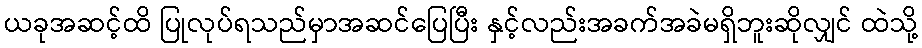
ယခုအဆင့်ထိ ပြုလုပ်ရသည်မှာအဆင်ပြေပြီး နှင့်လည်းအခက်အခဲမရှိဘူးဆိုလျှင် ထဲသို့